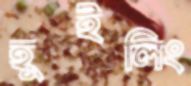
হুইলিং